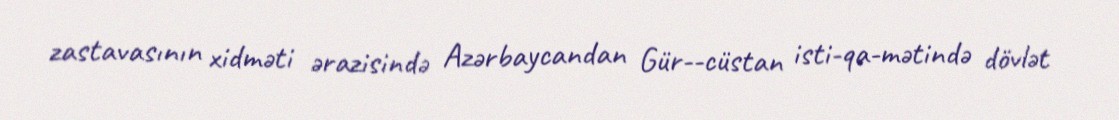
zastavasının xidməti ərazisində Azərbaycandan Gür­­cüstan isti­qa­mətində dövlət